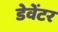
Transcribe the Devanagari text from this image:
डेवेंटर